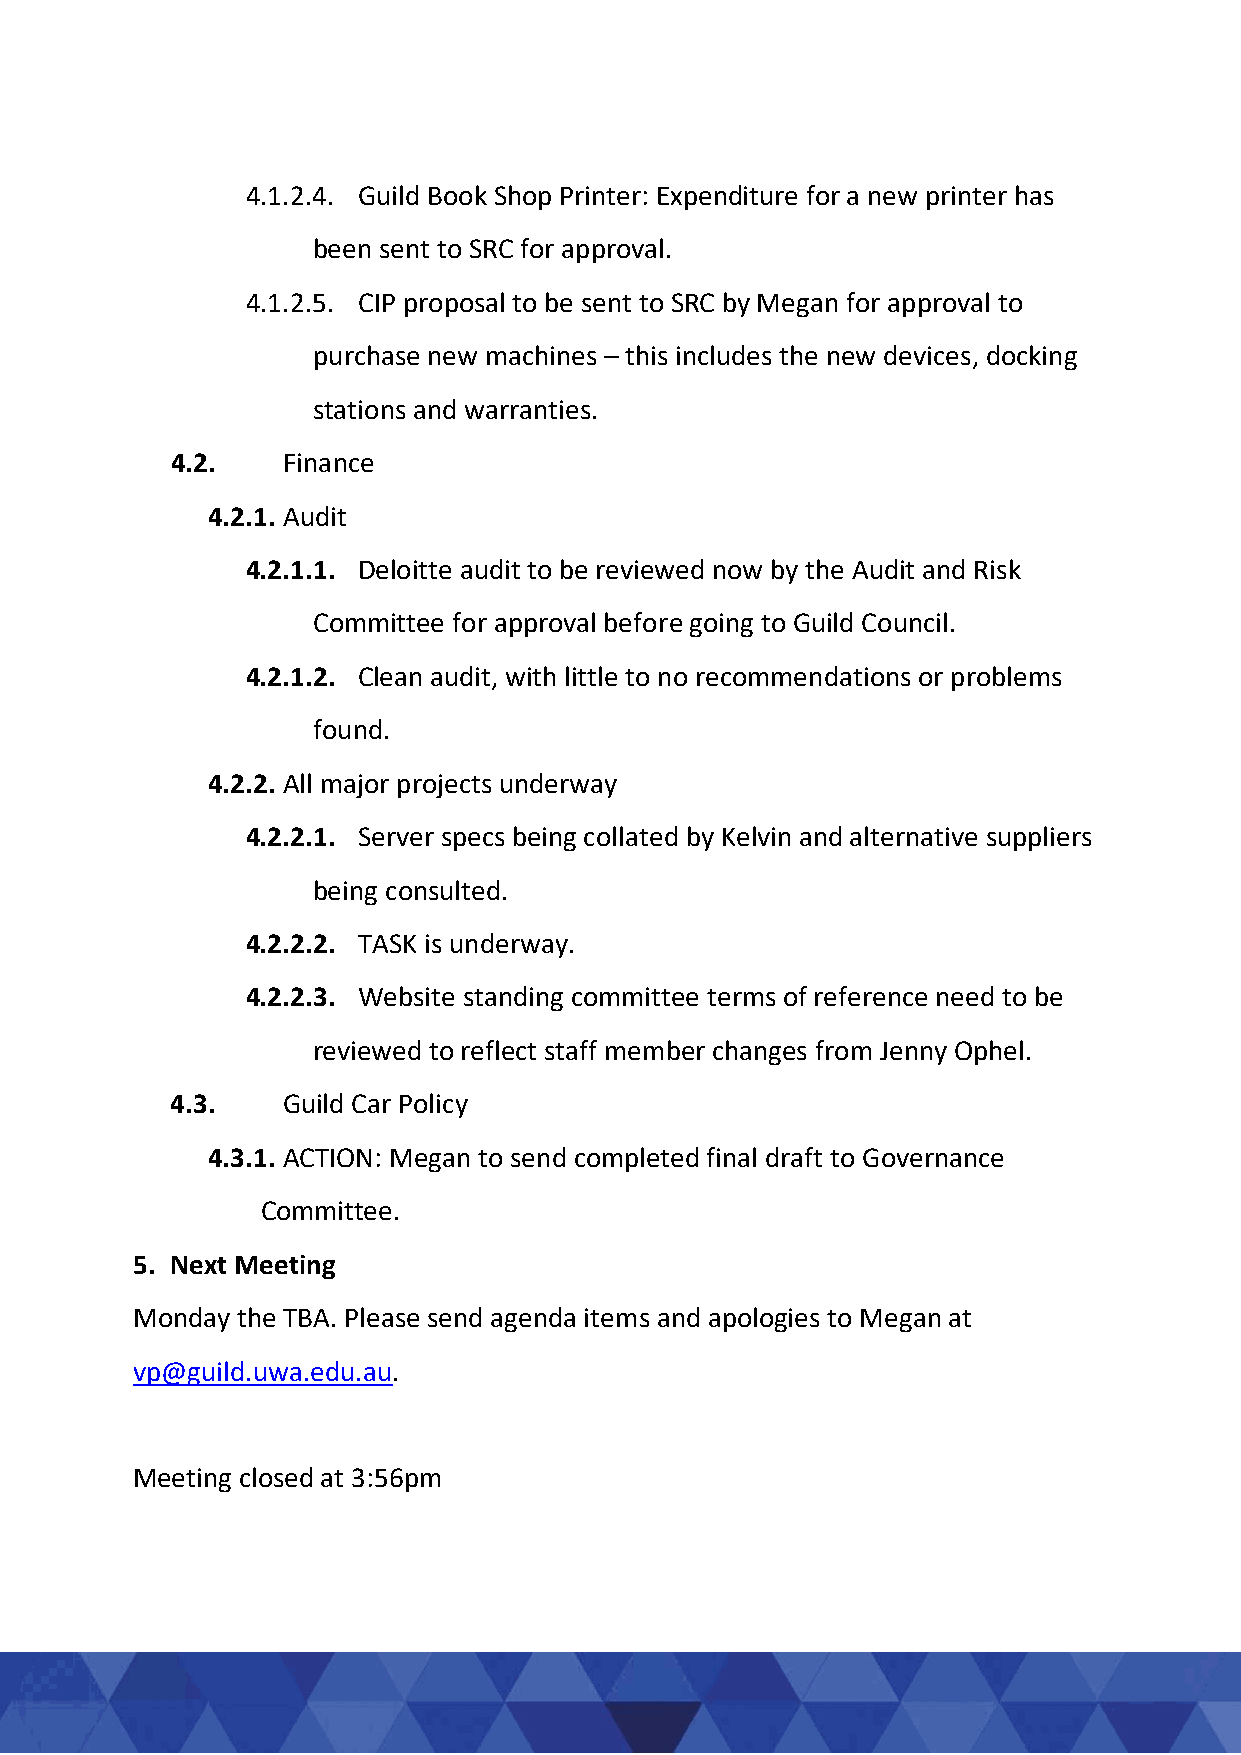
4.1.2.4. Guild Book Shop Printer: Expenditure for a new printer has
 been sent to SRC for approval.
 4.1.2.5. CIP proposal to be sent to SRC by Megan for approval to
 purchase new machines – this includes the new devices, docking
 stations and warranties.
 4.2.    Finance
 4.2.1. Audit
 4.2.1.1. Deloitte audit to be reviewed now by the Audit and Risk
 Committee for approval before going to Guild Council.
 4.2.1.2. Clean audit, with little to no recommendations or problems
 found.
 4.2.2. All major projects underway
 4.2.2.1. Server specs being collated by Kelvin and alternative suppliers
 being consulted.
 4.2.2.2. TASK is underway.
 4.2.2.3. Website standing committee terms of reference need to be
 reviewed to reflect staff member changes from Jenny Ophel.
 4.3.    Guild Car Policy
 4.3.1. ACTION: Megan to send completed final draft to Governance
 Committee.
 5. Next Meeting
 Monday the TBA. Please send agenda items and apologies to Megan at
 vp@guild.uwa.edu.au.
 Meeting closed at 3:56pm